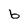
Character: b